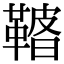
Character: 𩌀